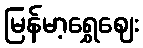
မြန်မာ့ရွှေဈေး